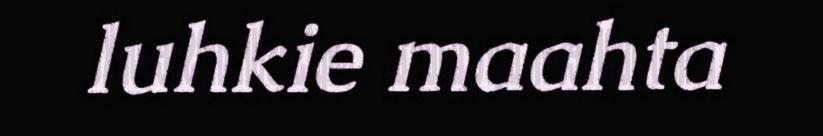
luhkie maahta